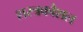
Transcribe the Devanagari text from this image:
शस्त्रकौशल